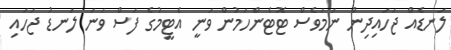
ލަނޑެއް ޖަހައިދިން ނަމަވެސް ޓޮޓެންހަމުން ވަނީ އެޓީމުގެ ފަސް ވަނަ ލަނޑު ޖަހައި